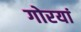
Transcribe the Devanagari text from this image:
गोरयां